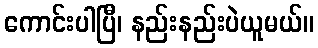
ကောင်းပါပြီ၊ နည်းနည်းပဲယူမယ်။